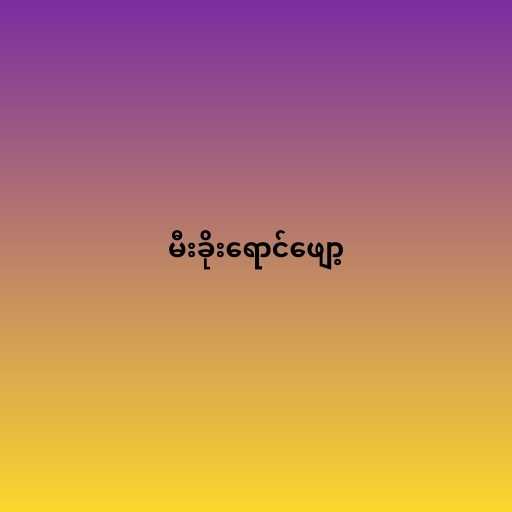
မီးခိုးရောင်ဖျော့